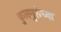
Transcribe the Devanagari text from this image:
कुलगुरूंच्या